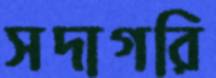
সদাগরি